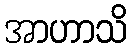
အာဟာသိ